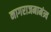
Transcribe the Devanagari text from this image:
नागराजमामंत्र्य